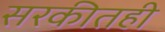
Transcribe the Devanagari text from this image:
सरकीतही